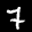
Label: 7